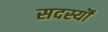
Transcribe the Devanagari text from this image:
सदस्यॊं